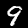
Label: 9